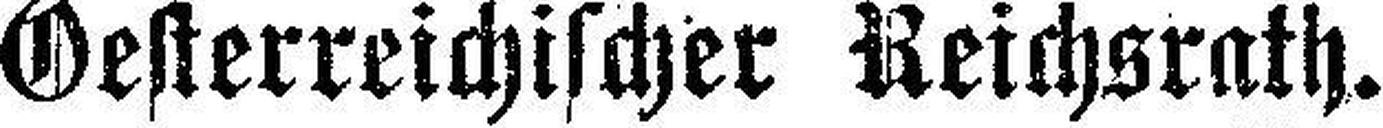
Oesterreichischer Reichsrath.